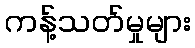
ကန့်သတ်မှုများ